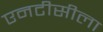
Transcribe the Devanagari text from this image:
एनटीसीला